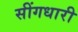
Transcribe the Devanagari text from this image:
सींगधारी